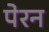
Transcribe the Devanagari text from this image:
पेरन